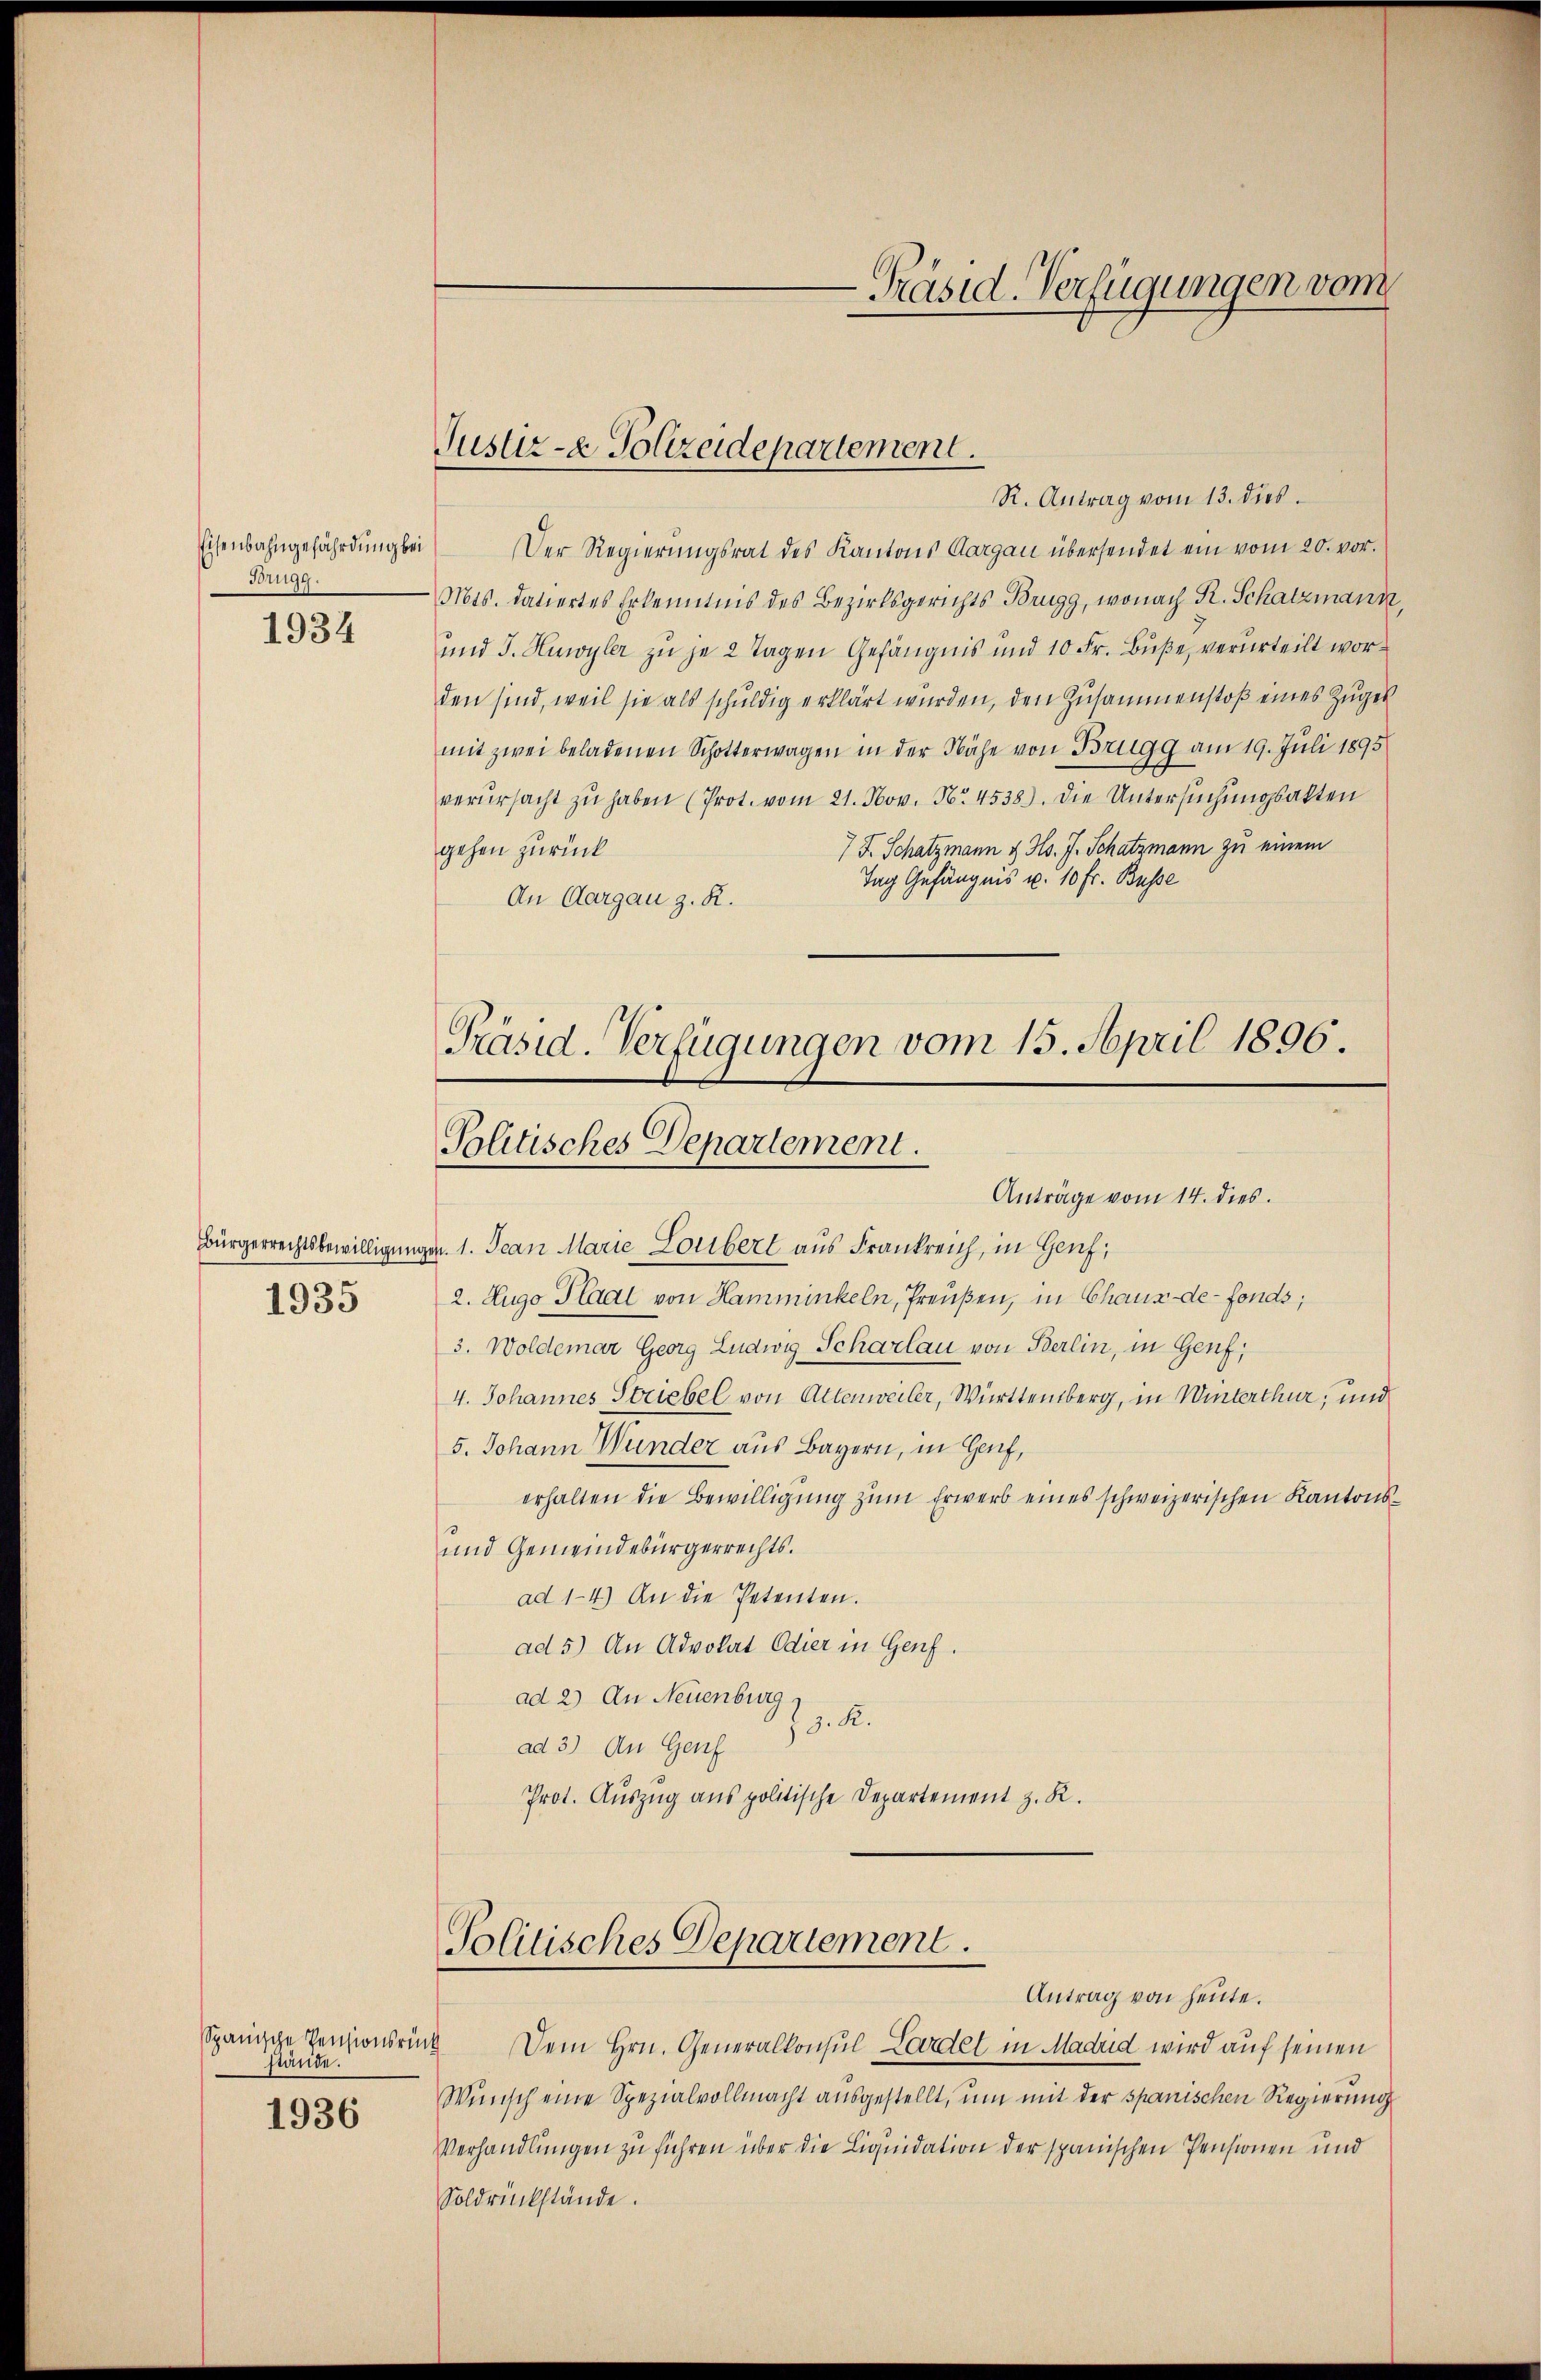
Eisenbahngefährdung bei
Brugg.

1934

1935

stände.
1936

Justiz- & Polizeidepartement.

R. Antrag vom 13. dies
Der Regierungsrat des Kantons Aargau übersendet ein vom 20. vor.
Mts. datiertes Erkenntnis des Bezirksgerichts Brugg, wonach R. Schatzmann,
und J. Huwyler zu je 2 Tagen Gefängnis und 10 Fr. Buße, verurteilt worden sind, weil sie als schuldig erklärt wurden, den Zusammenstoß eines Zuger
mit zwei beladenen Schotterwagen in der Nähe von Brugg am 19. Juli 1895
verŭrsacht zu haben (Prot. vom 21. Nov. Nr. 4538). Die Untersuchungsakten
7 J. Schatzmann & Hs. J. Schatzmann zu einem
gehen zurück
Tag Gefängens u. 10 Fr. Busse
An Aargau z. R.

Präsid. Verfügungen vom 15. April 1896.
Politisches Departement.
Anträge vom 14. dies

Bürgerrechtsbewilligungen. 1. Jean Marie Louibert aus Frankreich, in Genf,
2. Zugo Plaal von Hamminkeln, Preußen, in Chaux-de-Fonds,
3. Woldemar Georg Ludwig Scharlau von Berlin, in Genf;
4. Johannes Striebel von Altenweiler, Württemberg, in Winterthur, und
5. Johann Wunder aus Bayern, in Genf,
erhalten die Bewilligung zum Erwerb eines schweizerischen Kantons¬
und Gemeindebürgerrechts.
ad 1-4.) An die Petenten.
ad 5) An Advokat Odier in Genf.
ad 2) An Neuenburg,
ad 3.) An Genf 38. K.
Prot. Auszug aus politische Departement z. R.

Politisches Departement.
Antrag von heute.

-Präsid. Verfügungen vom

Spanische Pensionsrück Dem Hrn. Generalkonsul Lardel in Madrid wird auf seinen
Wunsch eine Spezialvollmacht ausgestellt, um mit der spanischen Regierung
Verhandlungen zu führen über die Liquidation der spanischen Pensionen und
Soldrückstände.